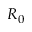
R _ { 0 }